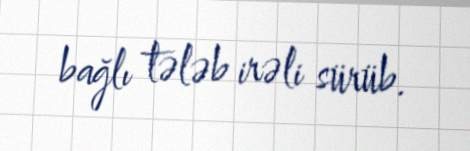
bağlı tələb irəli sürüb.